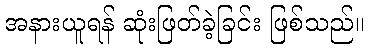
အနားယူရန် ဆုံးဖြတ်ခဲ့ခြင်း ဖြစ်သည်။